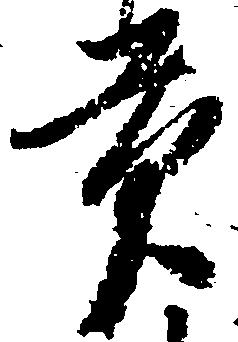
貢